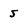
Character: 5